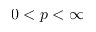
0 < p < \infty